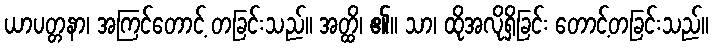
ယာပတ္တနာ၊ အကြင်တောင့် တခြင်းသည်။ အတ္ထိ၊ ၏။ သာ၊ ထိုအလိုရှိခြင်း တောင့်တခြင်းသည်။